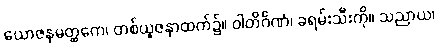
ယောဇနမတ္ထကေ၊ တစ်ယူဇနာထက်၌။ ဝါတိင်္ဂဏံ၊ ခရမ်းသီးကို။ သညာယ၊